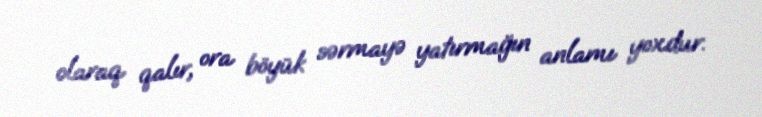
olaraq qalır, ora böyük sərmayə yatırmağın anlamı yoxdur.